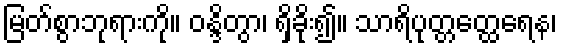
မြတ်စွာဘုရားကို။ ဝန္ဒိတွာ၊ ရှိခိုး၍။ သာရိပုတ္တတ္ထေရေန၊